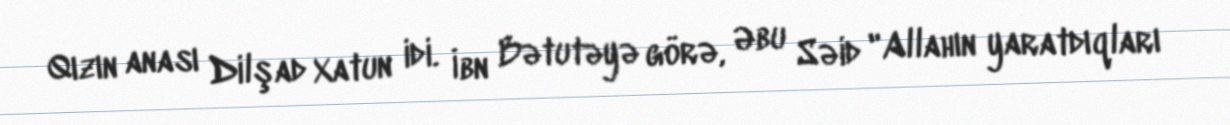
Qızın anası Dilşad Xatun idi. İbn Bətutəyə görə, Əbu Səid "Allahın yaratdıqları